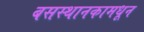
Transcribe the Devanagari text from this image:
बसस्थानकामधून